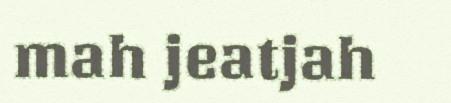
mah jeatjah